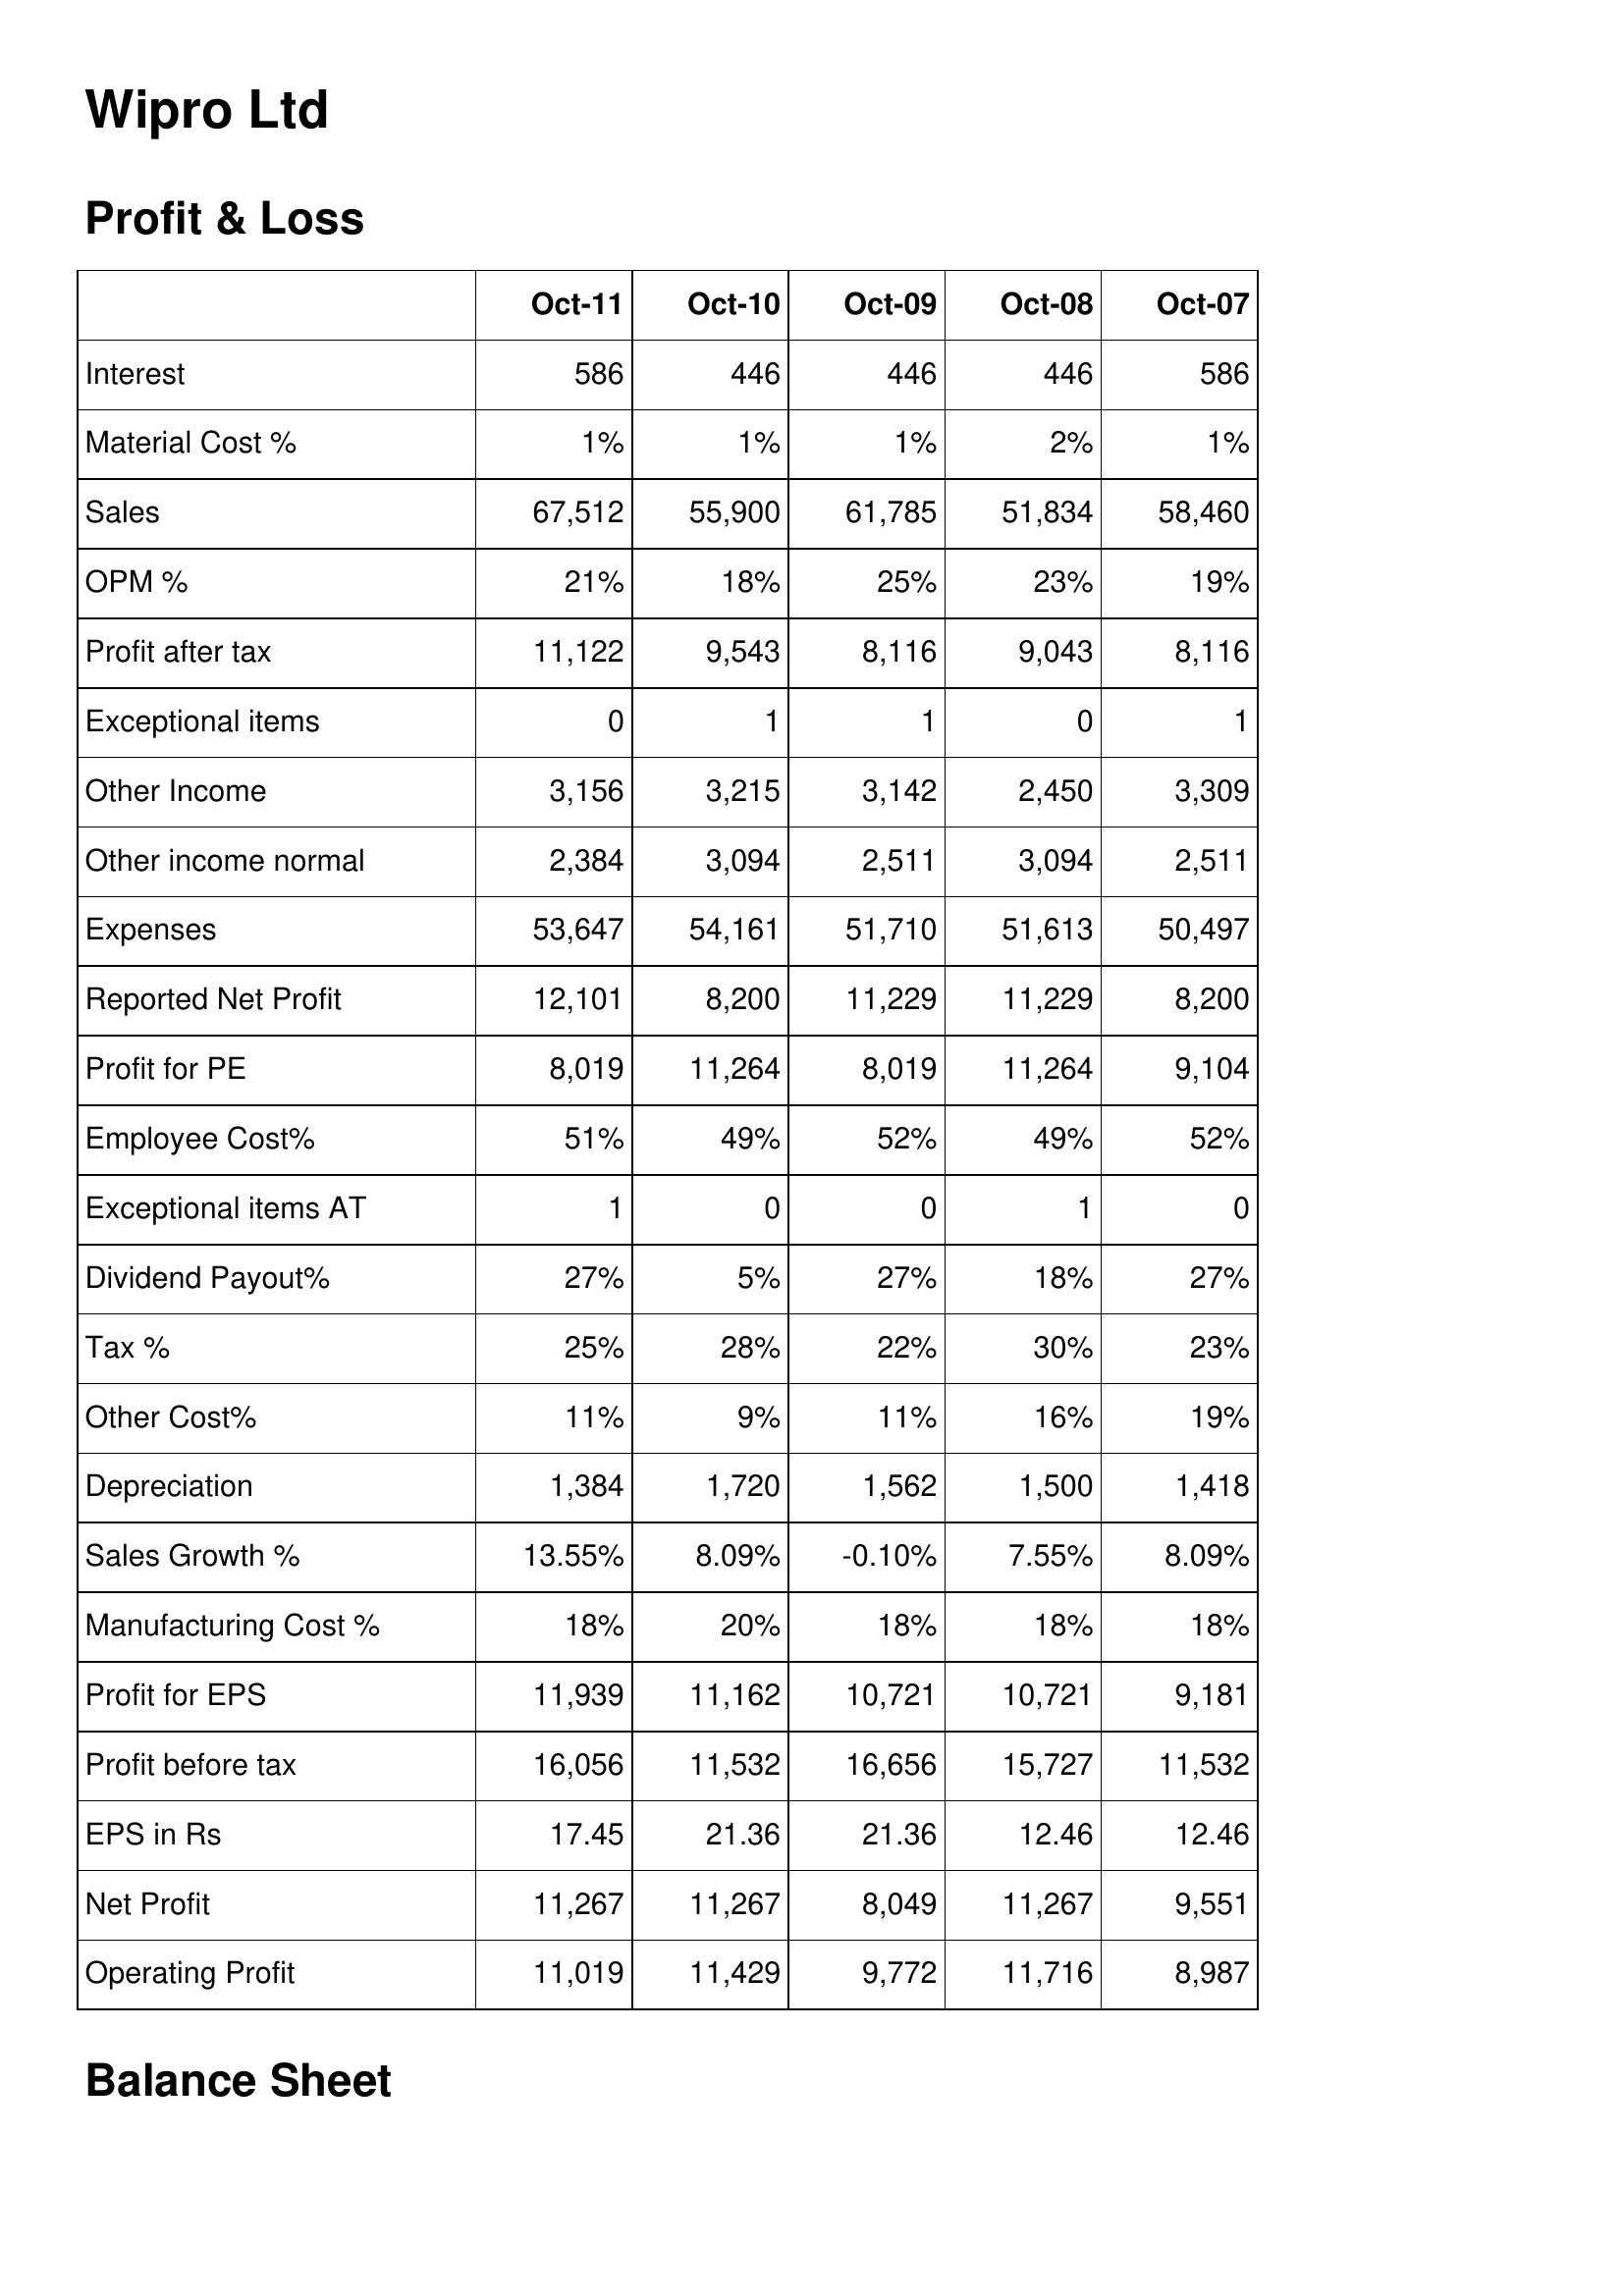
Oct-11: Profit & Loss: Interest: 586
Material Cost %: 1%
Sales: 67,512
OPM %: 21%
Profit after tax: 11,122
Exceptional items: 0
Other Income: 3,156
Other income normal: 2,384
Expenses: 53,647
Reported Net Profit: 12,101
Profit for PE: 8,019
Employee Cost%: 51%
Exceptional items AT: 1
Dividend Payout%: 27%
Tax %: 25%
Other Cost%: 11%
Depreciation: 1,384
Sales Growth %: 13.55%
Manufacturing Cost %: 18%
Profit for EPS: 11,939
Profit before tax: 16,056
EPS in Rs: 17.45
Net Profit: 11,267
Operating Profit: 11,019
Oct-10: Profit & Loss: Interest: 446
Material Cost %: 1%
Sales: 55,900
OPM %: 18%
Profit after tax: 9,543
Exceptional items: 1
Other Income: 3,215
Other income normal: 3,094
Expenses: 54,161
Reported Net Profit: 8,200
Profit for PE: 11,264
Employee Cost%: 49%
Exceptional items AT: 0
Dividend Payout%: 5%
Tax %: 28%
Other Cost%: 9%
Depreciation: 1,720
Sales Growth %: 8.09%
Manufacturing Cost %: 20%
Profit for EPS: 11,162
Profit before tax: 11,532
EPS in Rs: 21.36
Net Profit: 11,267
Operating Profit: 11,429
Oct-09: Profit & Loss: Interest: 446
Material Cost %: 1%
Sales: 61,785
OPM %: 25%
Profit after tax: 8,116
Exceptional items: 1
Other Income: 3,142
Other income normal: 2,511
Expenses: 51,710
Reported Net Profit: 11,229
Profit for PE: 8,019
Employee Cost%: 52%
Exceptional items AT: 0
Dividend Payout%: 27%
Tax %: 22%
Other Cost%: 11%
Depreciation: 1,562
Sales Growth %: -0.10%
Manufacturing Cost %: 18%
Profit for EPS: 10,721
Profit before tax: 16,656
EPS in Rs: 21.36
Net Profit: 8,049
Operating Profit: 9,772
Oct-08: Profit & Loss: Interest: 446
Material Cost %: 2%
Sales: 51,834
OPM %: 23%
Profit after tax: 9,043
Exceptional items: 0
Other Income: 2,450
Other income normal: 3,094
Expenses: 51,613
Reported Net Profit: 11,229
Profit for PE: 11,264
Employee Cost%: 49%
Exceptional items AT: 1
Dividend Payout%: 18%
Tax %: 30%
Other Cost%: 16%
Depreciation: 1,500
Sales Growth %: 7.55%
Manufacturing Cost %: 18%
Profit for EPS: 10,721
Profit before tax: 15,727
EPS in Rs: 12.46
Net Profit: 11,267
Operating Profit: 11,716
Oct-07: Profit & Loss: Interest: 586
Material Cost %: 1%
Sales: 58,460
OPM %: 19%
Profit after tax: 8,116
Exceptional items: 1
Other Income: 3,309
Other income normal: 2,511
Expenses: 50,497
Reported Net Profit: 8,200
Profit for PE: 9,104
Employee Cost%: 52%
Exceptional items AT: 0
Dividend Payout%: 27%
Tax %: 23%
Other Cost%: 19%
Depreciation: 1,418
Sales Growth %: 8.09%
Manufacturing Cost %: 18%
Profit for EPS: 9,181
Profit before tax: 11,532
EPS in Rs: 12.46
Net Profit: 9,551
Operating Profit: 8,987